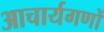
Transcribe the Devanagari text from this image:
आचार्यगणों